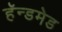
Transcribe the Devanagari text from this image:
हॅन्डमेड